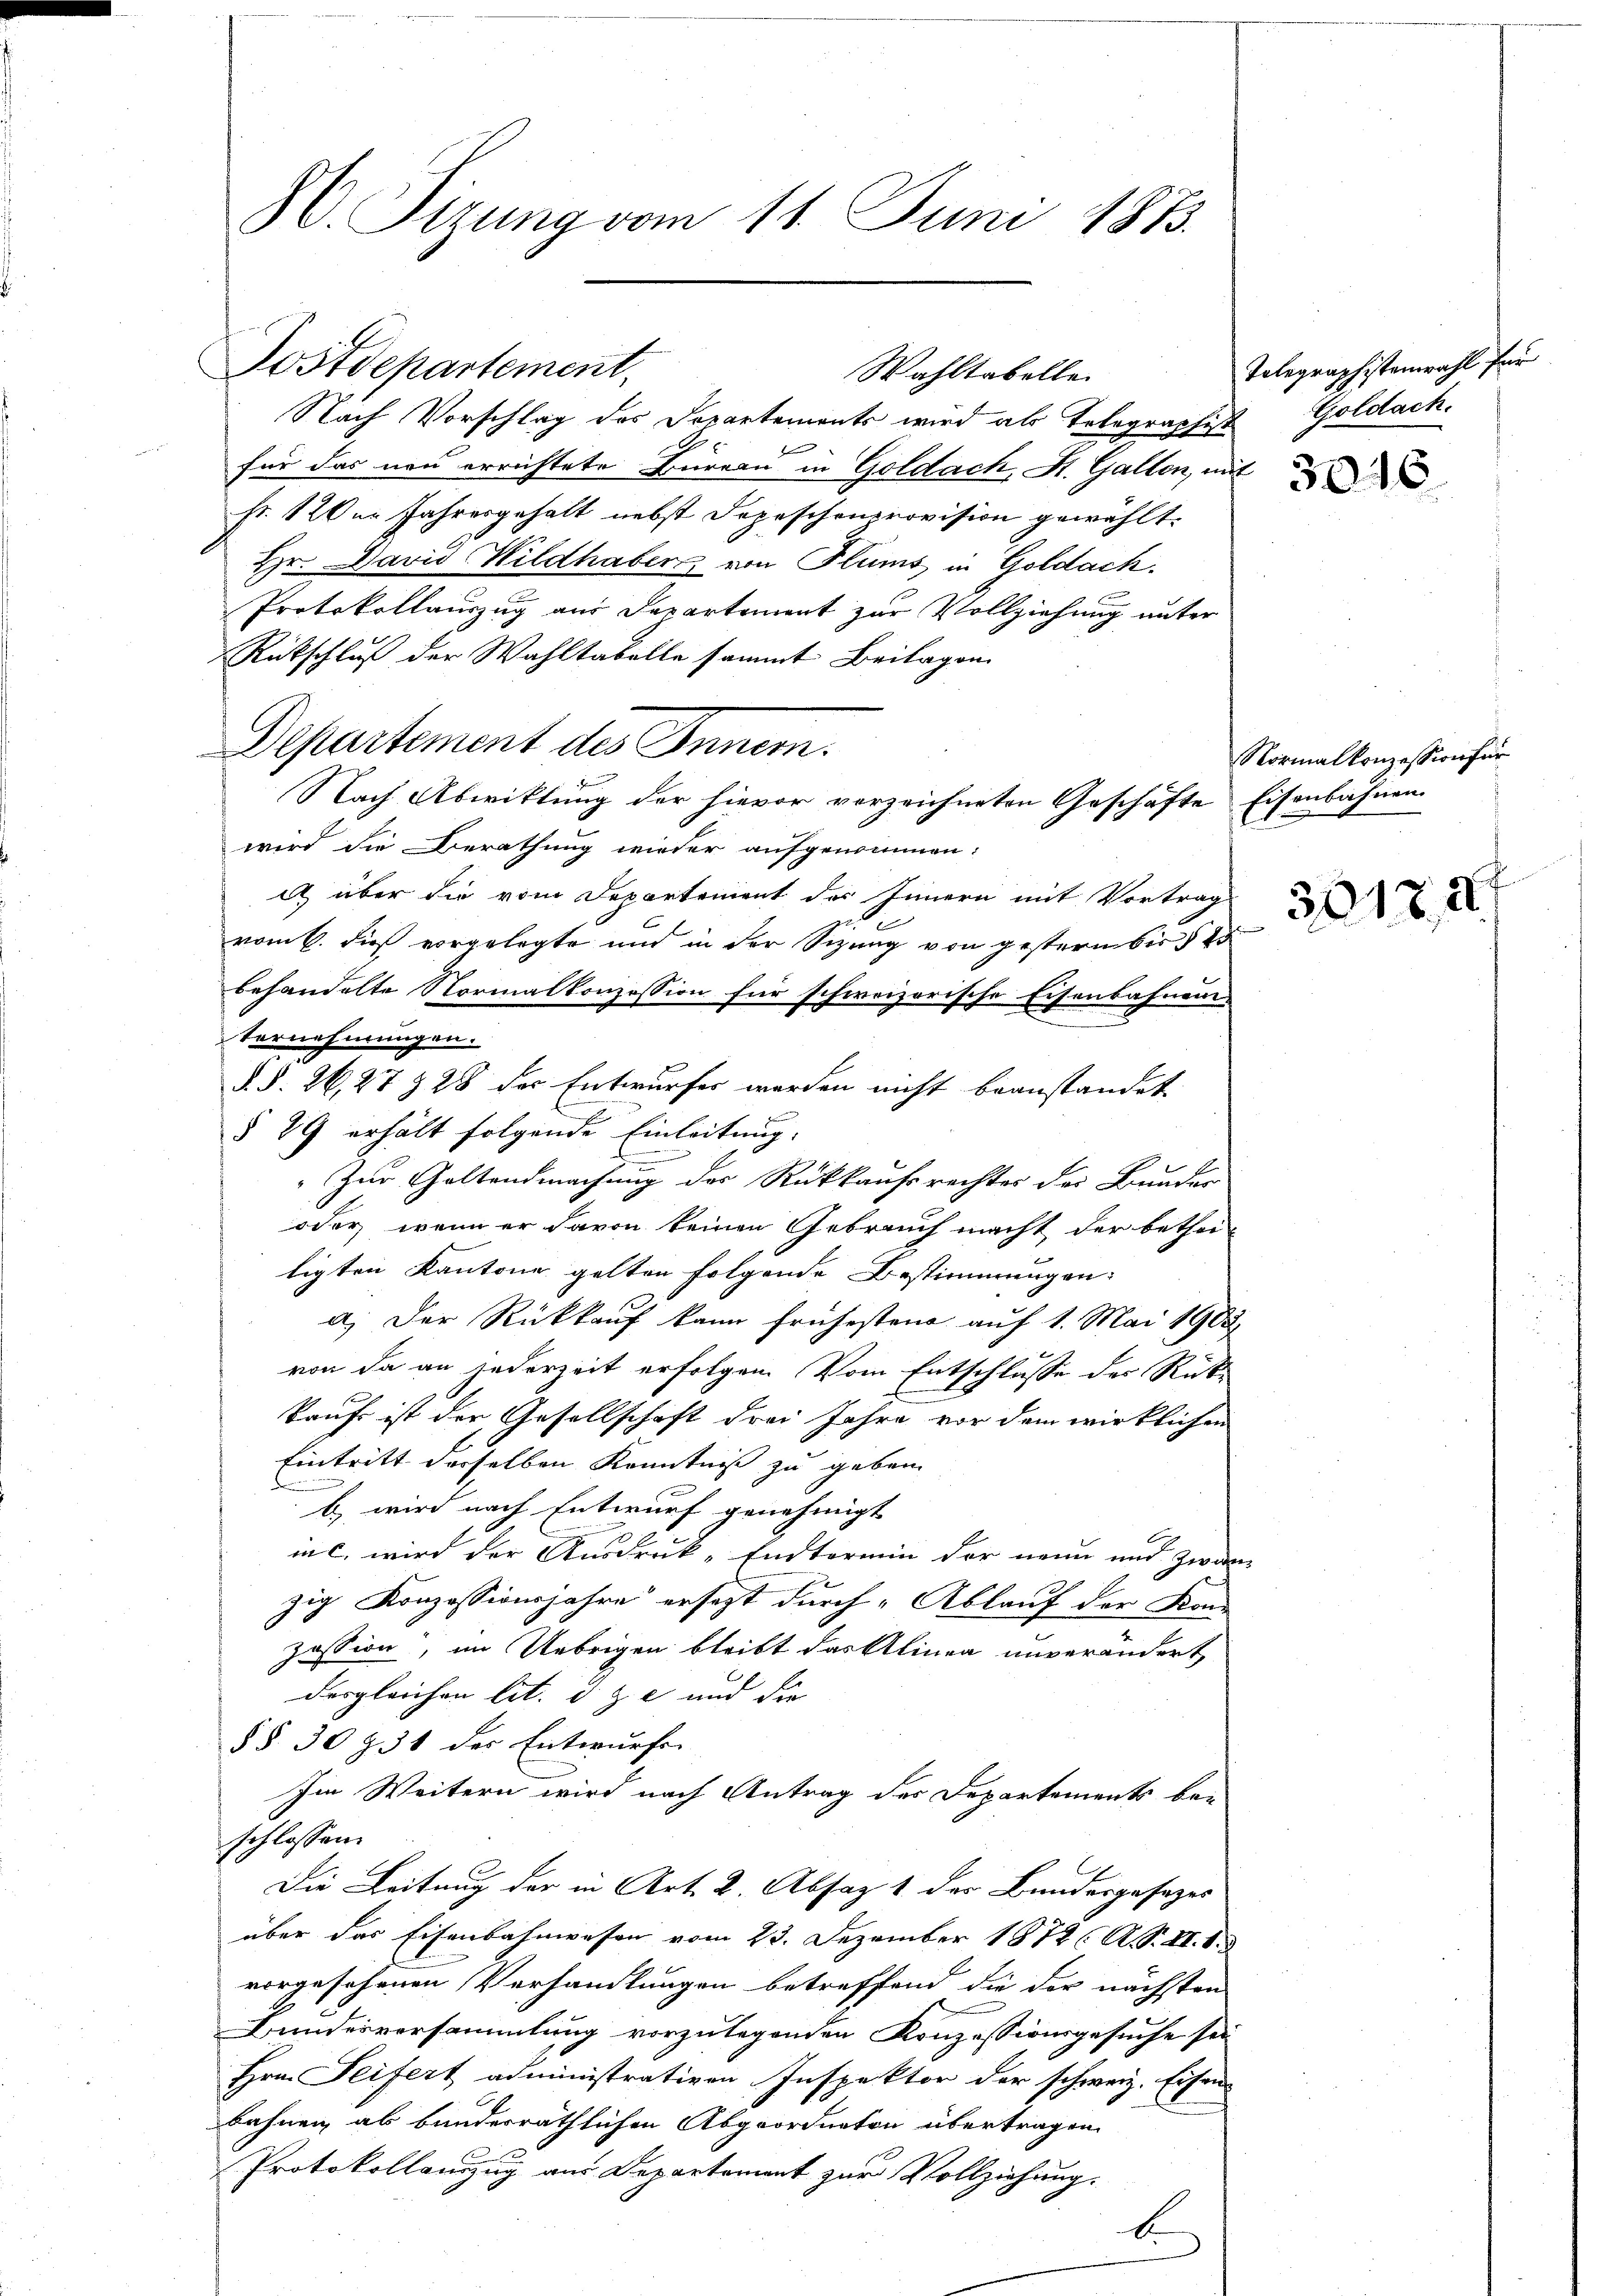
S. Tizung vom 11. Juni 1873.

Postdepartement,
Nach Vorschlag des Departements wird als Telegraphist Goldach.
für das neu errichtete Büreau in Goldach, St. Gallen, mit
Fr. 120er Jahresgehalt nebst Depeschenprovision gewählt.
Hr. David Wildhaber von Flums in Goldach.
f
Protokollauszug aus Departement zur Vollziehung unter
Rutschluß der Wahltabelle sammt Beilagen
Departement des Inner.
Nach Abwittung der hievor vorzeichneten Geschäfte Eisenbahnen
wird die Berathung wieder aufgenommen:
2 über die vom Departement des Innern mit Vortrag
vom 6. die vorgelegte und in der Sizung von gestern bis 4
behandelte Normalkonzession für schweizerische Eisenbahnen
Vernehmungen.
§. §. 26, 27 § 28 der Entwurfes werden nicht beanstandet
§ 89 erhält folgende Einleitung.
Zur Geltendmachung der Rückkaufsrechtes des Bunder
oder wenn er davon keinen Gebrauch macht der betheitigten Kantone gelten folgende Bestimmungen:
a) Der Rückkauf kann frühesten auf 1. Mai 1903
von da an jederzeit erfolgen. Vom Entschlusse der Rückkauf ist der Gesellschaft drei Jahre vor dem wirklichen
Eintritt derselben Kenntniß zu geben
b) wird nach Entwurf genehmigt |
in c. wird der Ausdruck-Endtermin der neun und zwar
zig Konzessionsjahre ersezt durch Ablauf der Kon-
zession, im Uebrigen bleibt das Alinea unverändert,
desgleichen lit. d. Z. e und die
§ § 30 § 31 der Entwurfe
Im Weitern wird nach Antrag der Departements be-
schlossen.
Die Leitung der in Art. 2. Absaz 1 der Bundesgesezes
über das Eisenbahnwesen vom 23. Dezember 1872 (A. S. II. S. 3
vorgesehenen Verhandlungen betreffend die der nächsten
Bundesversammlung vorzulegenden Konzessionsgesuche sei
Hrn. Seifert administrativen Inspektor der schweiz. Eisen
bahnen ab bundesräthlichen Abgeordneten übertragen
E
Protokollauszug aus Departement zur Vollziehung.
b.

Wahltabelle

Tolegraphistenwahl für

Normalkonzession für

23

3046

30174